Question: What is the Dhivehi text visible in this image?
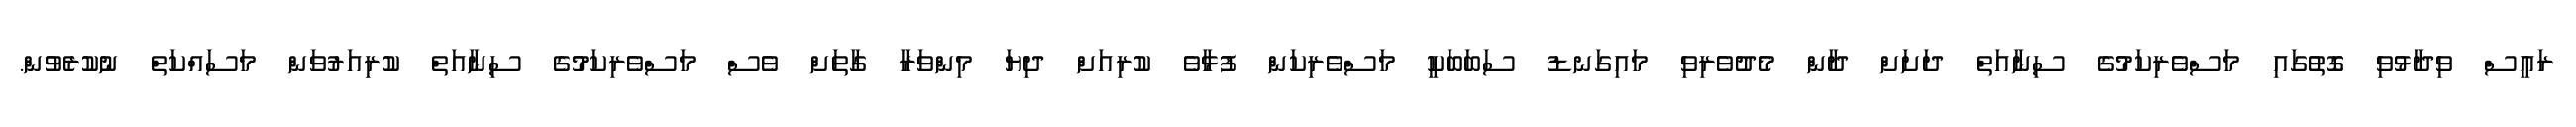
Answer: ރައީސް ވިދާޅުވި ގޮތުގައި މަސްވެރިކަމުގެ ސިނާއަތް ދަށަށް ދާން މެދުވެރިވި މައިގަނޑު ސަބަބަކީ މަސްވެރިކަން ފުޅާވެ ކުރިއަށް ދިޔަ މިންވަރާ ގާތަށް ވެސް މަސްވެރިކަމުގެ ސިނާއަތް ކުރިއަރުވަން މަސައްކަތް ނުކުރެވުން.